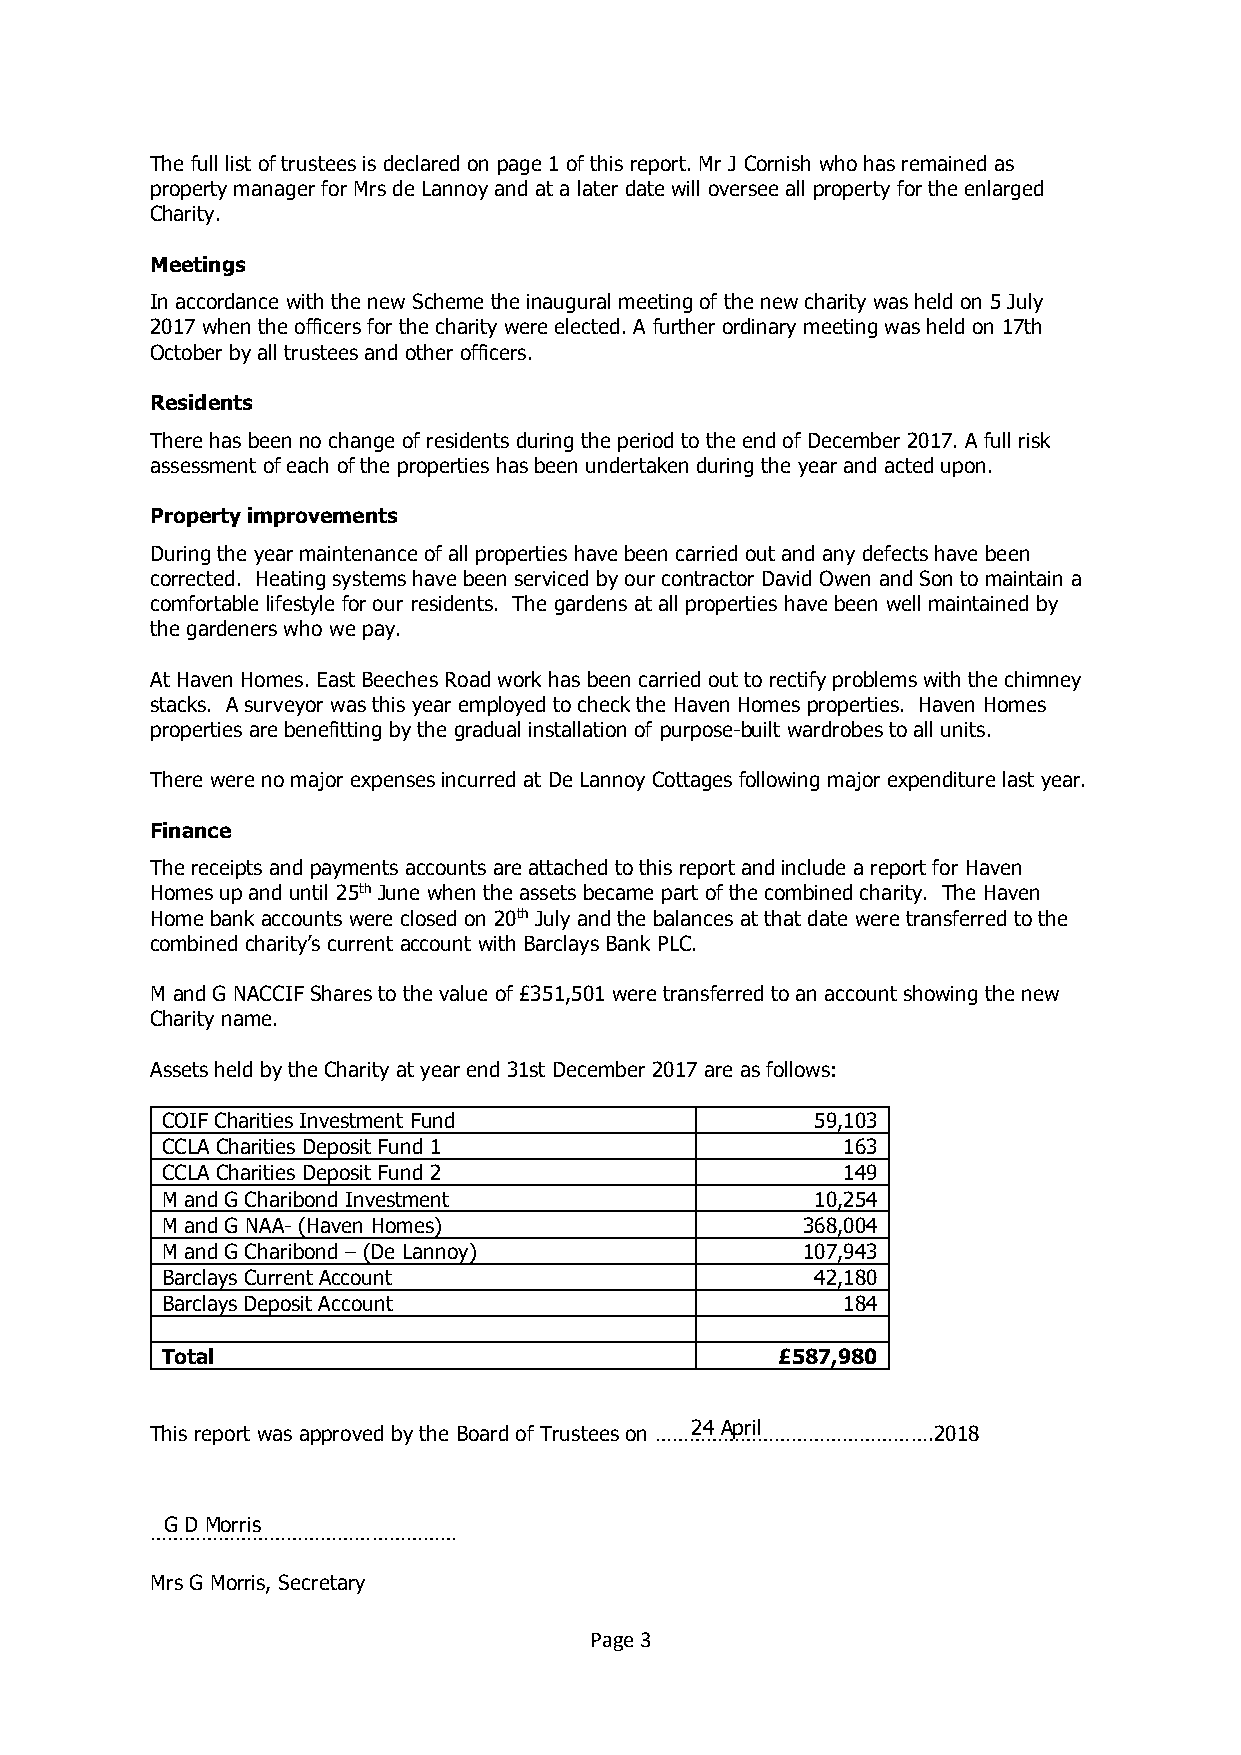
The full list of trustees is declared on page 1 of this report. Mr J Cornish who has remained as
 property manager for Mrs de Lannoy and at a later date will oversee all property for the enlarged
 Charity.
 Meetings
 In accordance with the new Scheme the inaugural meeting of the new charity was held on 5 July
 2017 when the officers for the charity were elected. A further ordinary meeting was held on 17th
 October by all trustees and other officers.
 Residents
 There has been no change of residents during the period to the end of December 2017. A full risk
 assessment of each of the properties has been undertaken during the year and acted upon.
 Property improvements
 During the year maintenance of all properties have been carried out and any defects have been
 corrected. Heating systems have been serviced by our contractor David Owen and Son to maintain a
 comfortable lifestyle for our residents. The gardens at all properties have been well maintained by
 the gardeners who we pay.
 At Haven Homes. East Beeches Road work has been carried out to rectify problems with the chimney
 stacks. A surveyor was this year employed to check the Haven Homes properties. Haven Homes
 properties are benefitting by the gradual installation of purpose-built wardrobes to all units.
 There were no major expenses incurred at De Lannoy Cottages following major expenditure last year.
 Finance
 The receipts and payments accounts are attached to this report and include a report for Haven
 Homes up and until 25th June when the assets became part of the combined charity. The Haven
 Home bank accounts were closed on 20th July and the balances at that date were transferred to the
 combined charity’s current account with Barclays Bank PLC.
 M and G NACCIF Shares to the value of £351,501 were transferred to an account showing the new
 Charity name.
 Assets held by the Charity at year end 31st December 2017 are as follows:
 COIF Charities Investment Fund             59,103
 CCLA Charities Deposit Fund 1                163
 CCLA Charities Deposit Fund 2                149
 M and G Charibond Investment               10,254
 M and G NAA- (Haven Homes)                368,004
 M and G Charibond – (De Lannoy)           107,943
 Barclays Current Account                   42,180
 Barclays Deposit Account                     184
 Total                                    £587,980
 This report was approved by the Board of Trustees on ………………………………………….2018
 ………………………………………………
 Mrs G Morris, Secretary
 Page 3